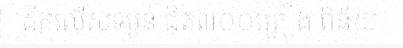
ដឹកលើសទម្ងន់ ជិត៣០០គ្រឿង ពិន័យ